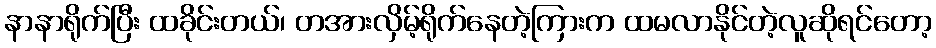
နာနာရိုက်ပြီး ထခိုင်းတယ်၊ တအားလှိမ့်ရိုက်နေတဲ့ကြားက ထမလာနိုင်တဲ့လူဆိုရင်တော့